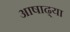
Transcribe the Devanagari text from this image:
आषाढ्या